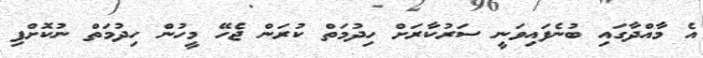
އެ މާއްދާގައި ބުނެފައިވަނީ ސަރުކާރަށް ހިދުމަތް ކުރަން ޖެހޭ މީހުން ހިދުމަތް ނުކޮށްފި